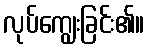
လုပ်ကျွေးခြင်း၏။